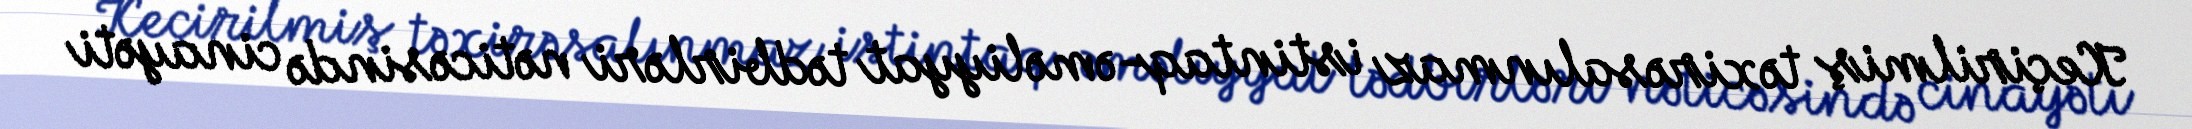
Keçirilmiş təxirəsalınmaz istintaq-əməliyyat tədbirləri nəticəsində cinayəti